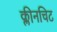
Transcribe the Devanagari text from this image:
क्लीनचिट